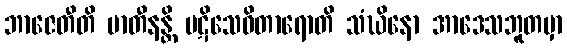
ဘာဇေတီတိ မာတီနန္တိ ပဋိသေဓိတာရောတိ သံဃိနော အာဒေသဘူတမှာ